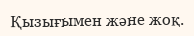
Қызығымен және жоқ.